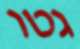
גטו